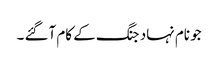
جو نام نہاد جنگ کے کام آگئے ۔